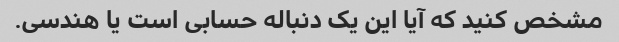
مشخص کنید که آیا این یک دنباله حسابی است یا هندسی.